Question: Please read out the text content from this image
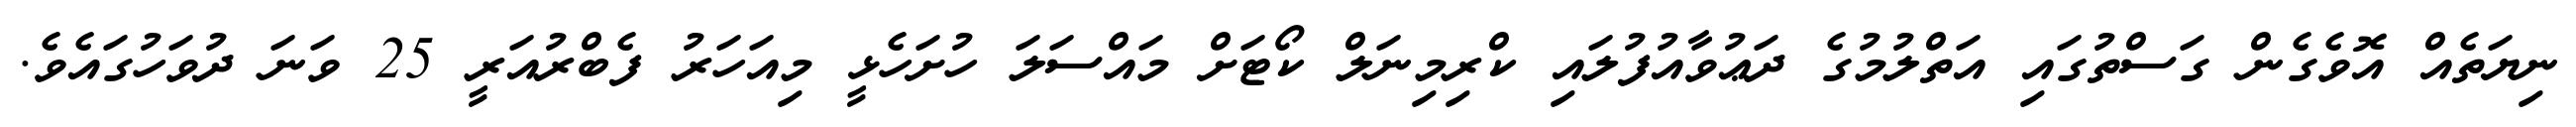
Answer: ނިޔަތެއް އޮވެގެން ގަސްތުގައި އަތްލުމުގެ ދަޢުވާއުފުލައި ކްރިމިނަލް ކޯޓަށް މައްސަލަ ހުށަހެޅީ މިއަހަރު ފެބްރުއަރީ 25 ވަނަ ދުވަހުގައެވެ.